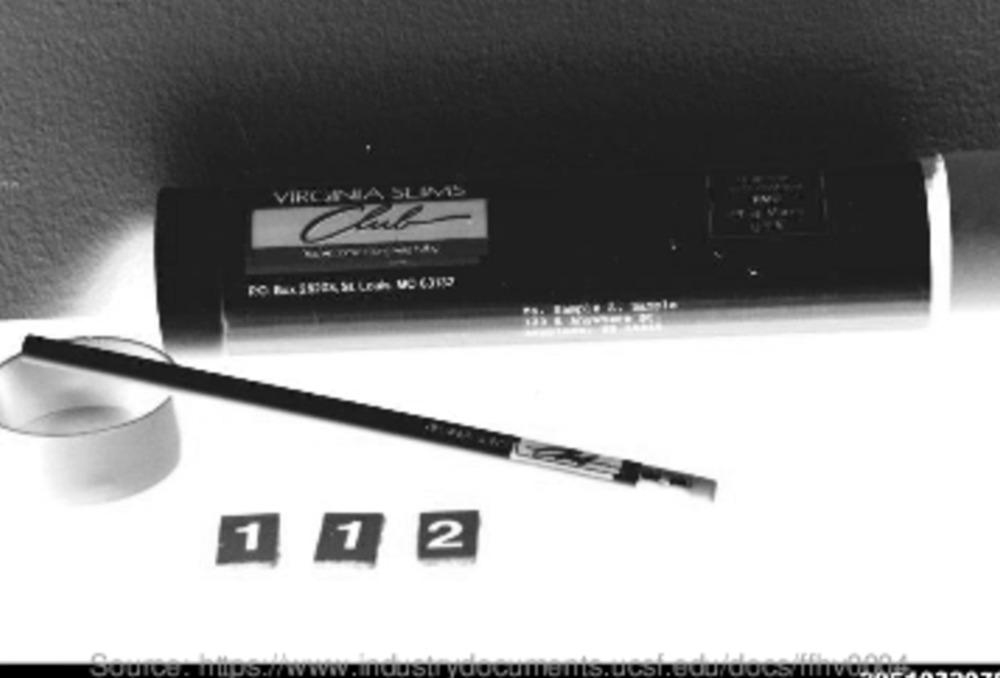
VIRGINIA SLAVIS
1
1
2